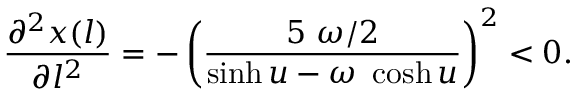
\frac { \partial ^ { 2 } x ( l ) } { \partial l ^ { 2 } } = - \left( \frac { 5 ~ \omega / 2 } { \sinh u - \omega ~ \cosh u } \right) ^ { 2 } < 0 .